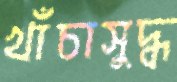
খাঁচাসুদ্ধ